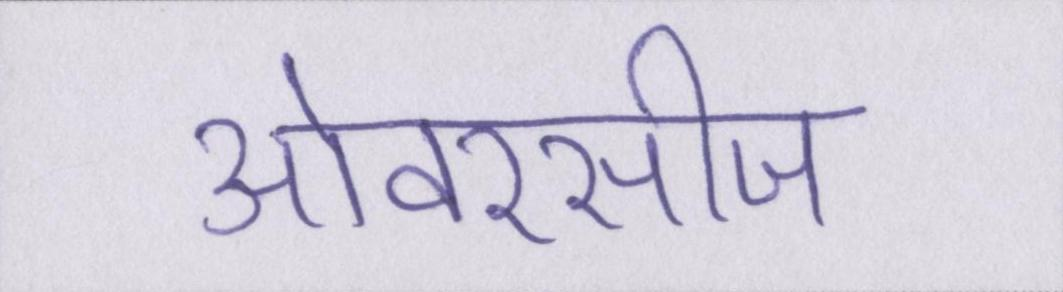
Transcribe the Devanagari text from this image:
ओवरसीज